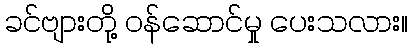
ခင်ဗျားတို့ ဝန်ဆောင်မှု ပေးသလား။